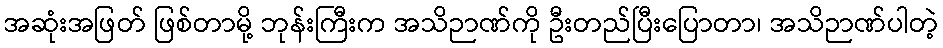
အဆုံးအဖြတ် ဖြစ်တာမို့ ဘုန်းကြီးက အသိဉာဏ်ကို ဦးတည်ပြီးပြောတာ၊ အသိဉာဏ်ပါတဲ့